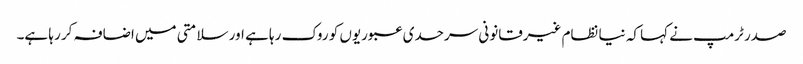
صدر ٹرمپ نے کہا کہ نیا نظام غیرقانونی سرحدی عبوریوں کو روک رہا ہے اور سلامتی میں اضافہ کر رہا ہے۔